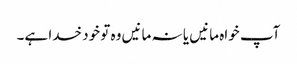
آپ خواہ مانیں یا نہ مانیں وہ تو خود خدا ہے۔